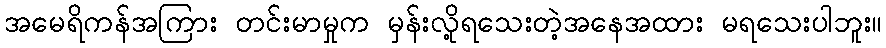
အမေရိကန်အကြား တင်းမာမှုက မှန်းလို့ရသေးတဲ့အနေအထား မရသေးပါဘူး။